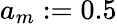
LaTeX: a_{m}:=0.5